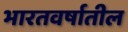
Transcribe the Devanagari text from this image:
भारतवर्षातील